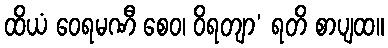
ထိယံ ဝေရမဏီ စေဝ၊ ဝိရတျာ’ ရတိ စာပျထ။